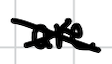
Text: are
Cross-out: cross
Writing tool: digital_black